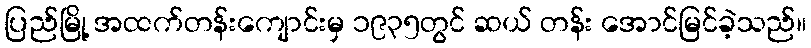
ပြည်မြို့ အထက်တန်းကျောင်းမှ ၁၉၃၅တွင် ဆယ် တန်း အောင်မြင်ခဲ့သည်။